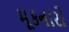
મૂકનારો